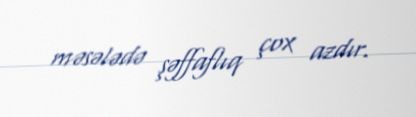
məsələdə şəffaflıq çox azdır.